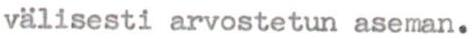
välisesti arvostetun aseman.